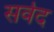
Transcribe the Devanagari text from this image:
सर्वद